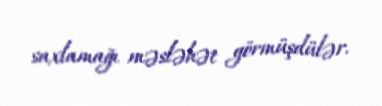
saxlamağı məsləhət görmüşdülər.